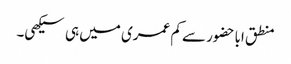
منطق اباحضور سے کم عمری میں ہی سیکھی۔